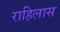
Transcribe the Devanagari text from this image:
राहिलास